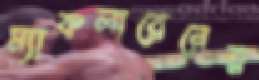
ম্যাকলারেনের